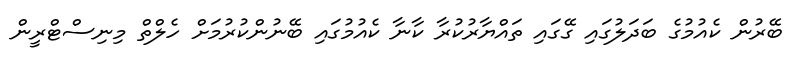
ބޭރުން ކެއުމުގެ ބަދަލުގައި ގޭގައި ތައްޔާރުކުރާ ކާނާ ކެއުމުގައި ބޭނުންކުރުމަށް ހެލްތް މިނިސްޓްރީން